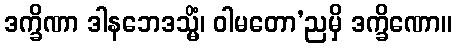
ဒက္ခိဏာ ဒါနဘေဒသ္မိံ၊ ဝါမတော’ညမှိ ဒက္ခိဏော။